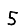
Digit: 5